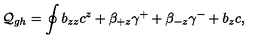
{ \cal Q } _ { g h } = \oint b _ { z z } c ^ { z } + \beta _ { + z } \gamma ^ { + } + \beta _ { - z } \gamma ^ { - } + b _ { z } c ,